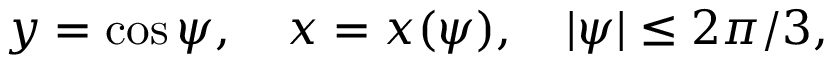
y = \cos \psi , \quad x = x ( \psi ) , \quad | \psi | \leq 2 \pi / 3 ,